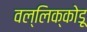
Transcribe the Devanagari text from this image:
वल्लिक्कोडू